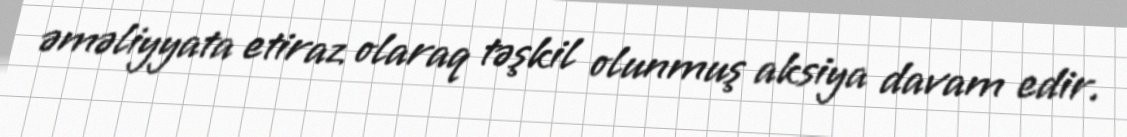
əməliyyata etiraz olaraq təşkil olunmuş aksiya davam edir.